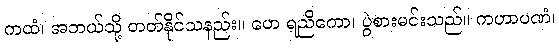
ကထံ၊ အဘယ်သို့ တတ်နိုင်သနည်း။ ဟေ ရညိကော၊ ပွဲစားမင်းသည်။ ကဟာပဏံ၊